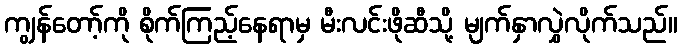
ကျွန်တော့်ကို စိုက်ကြည့်နေရာမှ မီးလင်းဖိုဆီသို့ မျက်နှာလွှဲလိုက်သည်။